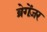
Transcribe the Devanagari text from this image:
ब्रेगेंज़र